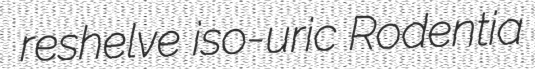
reshelve iso-uric Rodentia